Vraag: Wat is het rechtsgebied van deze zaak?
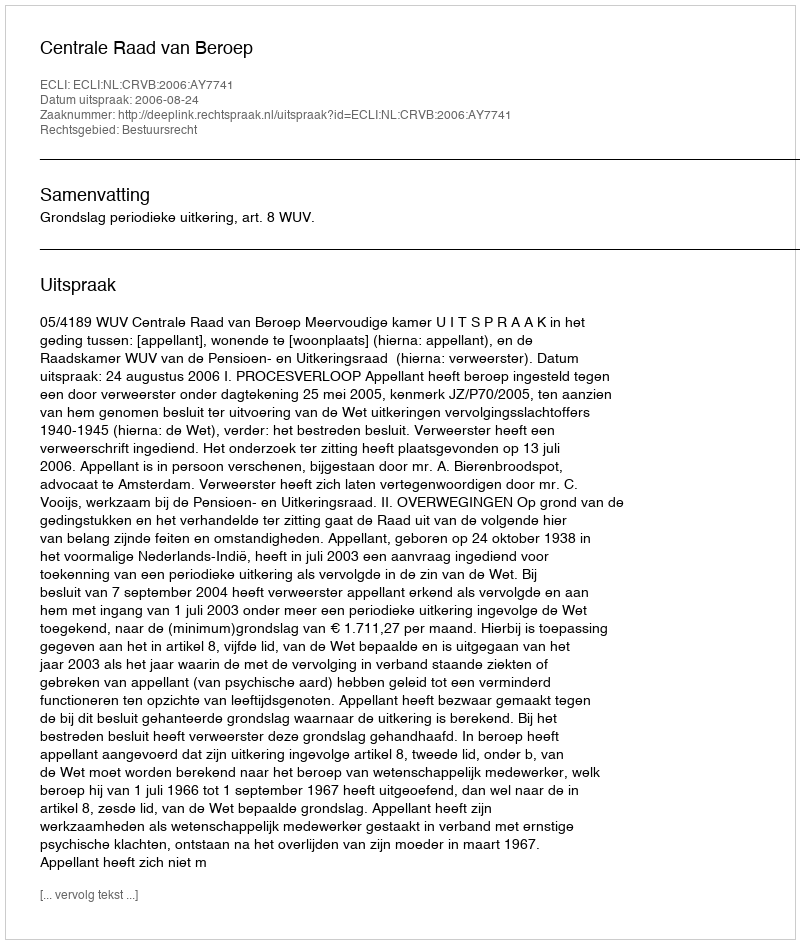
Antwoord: Bestuursrecht